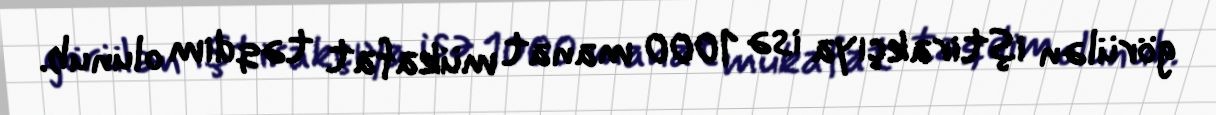
görülən iştirakçıya isə 1000 manat mükafat təqdim olunub.